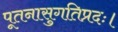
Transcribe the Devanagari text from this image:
पूतनासुगतिप्रदः।